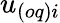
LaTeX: {u}_{(oq)i}